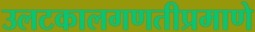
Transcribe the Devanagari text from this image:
उलटकालगणतीप्रमाणे